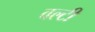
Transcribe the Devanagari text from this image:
वल्टी